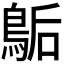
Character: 𪁆